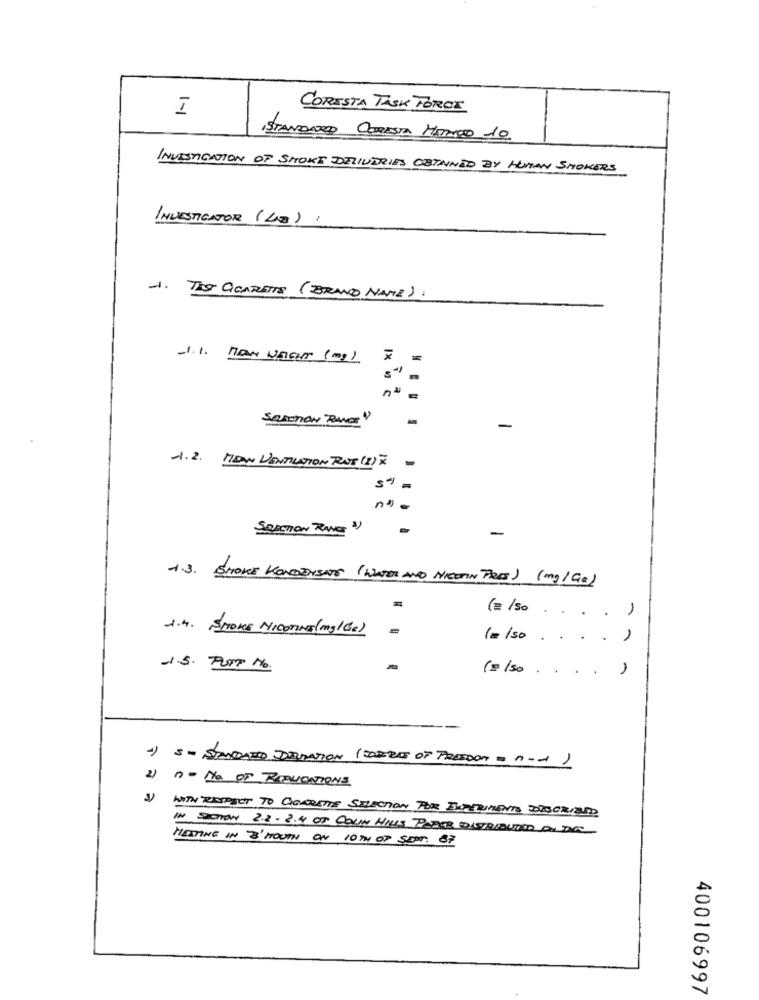
I
CORISTA TASK FORCE
ISTANDARD CORISTA MARISCO 10
INVESTIGATION OF SMOKE DELIVERIES OBTAINED BY HUMAN SMOKERS
INVESTIGATOR (LES) :
-1. The QGARETTE (BRAND NAME):
-1.1. MAN WEIGHT ( mg)
nº =
Samman'Rwar "
-
-1.2. MOW VENTILATION ROT (2) #
-
5" =
SANCTION RANG 3)
-
1.3. SMOKE KONDENSITS (WATER AND NICHTIN PRES) (mg/G0)
(= /So
1
.
1.4. SMOKE NICOTINA (mg/ Ge)
( = /so ...
1.5. PUST No.
(=/50
1) S- STANDARD DEVIATION (FAIRE OF FREEDOM - n -- )
2) no NO OF RIQUENTIONS
1) WITH RESPECT TO CIGARETTE SELECTION FOR EXPERIMENTS DESCRIBED
IN SECTION 2.3 - 2.4 OF COLIN HILLS PODER DISTRIBUTED ON DOCT
MEETING IN 3'HOUTH ON 10TH OF SENT: 87
400106997